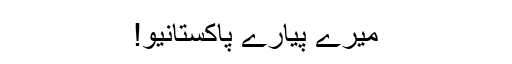
میرے پیارے پاکستانیو!